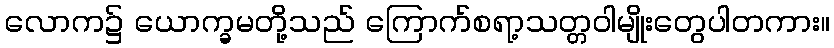
လောက၌ ယောက္ခမတို့သည် ကြောက်စရာ့သတ္တဝါမျိုးတွေပါတကား။